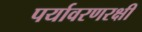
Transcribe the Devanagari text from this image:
पर्यावरणरक्षी